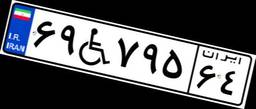
۵۱W۱۳۳۴۰